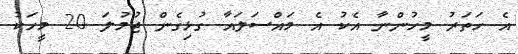
އެ ހަތަރު މީހުންނާ އެކު އެ މައްސަލައާ ގުޅިގެން ޖުމުލަ 20 މީހަކު